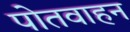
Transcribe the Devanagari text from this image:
पोतवाहन